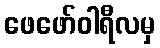
ဖေဖော်ဝါရီလမှ